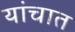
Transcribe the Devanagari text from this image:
यांचात